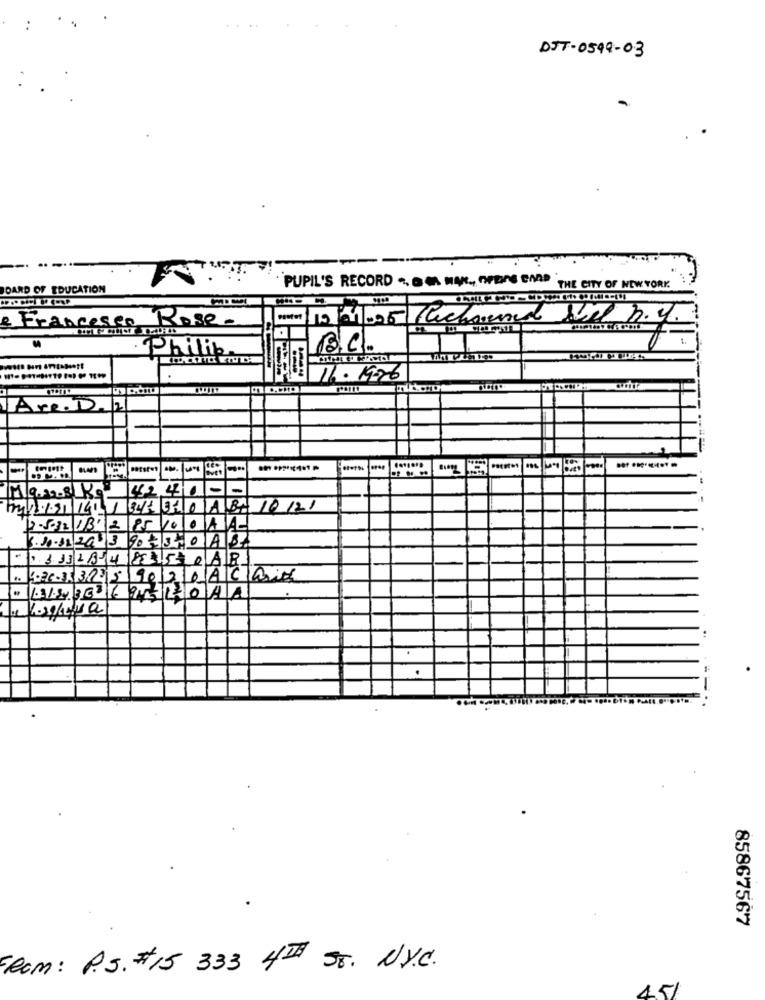
DJT- 0599-03
-
PUPIL'S RECORD .. OM HAN ., OFEINE CAP
DARD OF EDUCATION
THE CITY OF NEW YORK
& Francesco
Rose-
Philip.
trac.
16.1926
Are. D./2/
atst-
.-
Max.3 Kg
2.5082 1332 85 10 0 AA
3.10.12/2013 90 230 AB
133318-4 8835 AB
3.20.333225 9020 ACair
me Losilva
==..
85867567
From: P.S. #15 333 4TH ST. UY.C.
15/